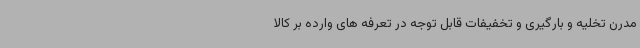
مدرن تخلیه و بارگیری و تخفیفات قابل توجه در تعرفه های وارده بر کالا